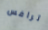
ترافس